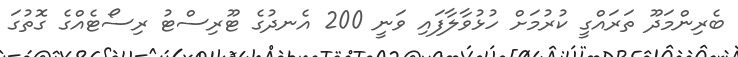
ބެރިންމަދޫ ތަރައްގީ ކުރުމަށް ހުޅުވާލާފައި ވަނީ 200 އެނދުގެ ޓޫރިސްޓު ރިސޯޓެއްގެ ގޮތުގަ